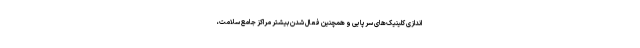
اندازی کلینیک‌های سرپایی و همچنین فعال شدن بیشتر مراکز جامع سلامت،